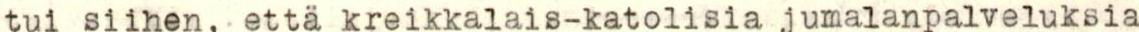
tui siihen, että kreikkalais-katolisia jumalanpalveluksia